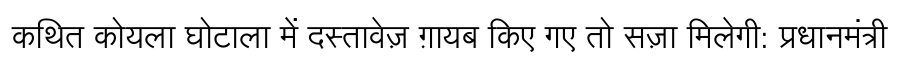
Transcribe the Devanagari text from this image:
कथित कोयला घोटाला में दस्तावेज़ ग़ायब किए गए तो सज़ा मिलेगी: प्रधानमंत्री